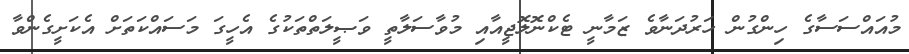
މުއައްސަސާގެ ހިންގުން ހަރުދަނާވެ ޒަމާނީ ޓެކްނޮލޮޖީއާއި މުވާސަލާތީ ވަޞީލަތްތަކުގެ އެހީގަ މަސައްކަތަށް އެކަށީގެންވާ